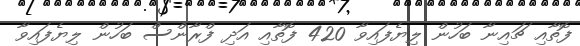
ފޮތާއި ޗައިނާ ބަހުން ލިޔެފައިވާ 420 ފޮތާއި އަދި ފްރާންސް ބަހުން ލިޔެފައިވާ